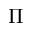
\Pi